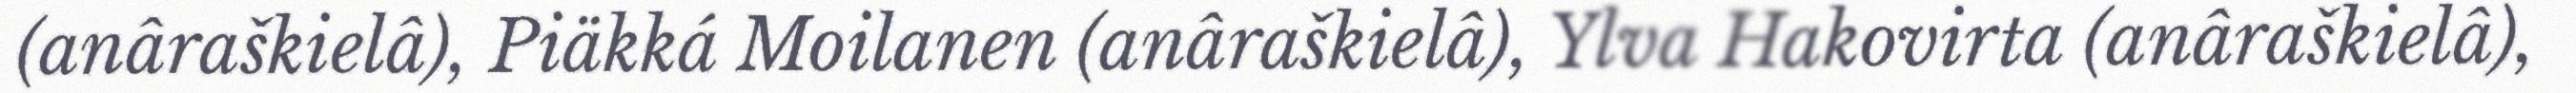
(anâraškielâ), Piäkká Moilanen (anâraškielâ), Ylva Hakovirta (anâraškielâ),